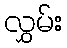
လွှမ်း